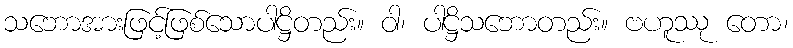
သဘောအားဖြင့်ဖြစ်သောပါဋ္ဌိတည်း။ ဝါ၊ ပါဋ္ဌိသဘောတည်း။ ဗဟူဿု တော၊